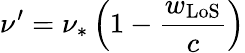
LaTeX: \nu^{\prime}=\nu_{\ast}\left(1-\frac{w_{\mathrm{LoS}}}{c}\right)